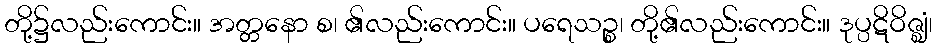
တို့၌လည်းကောင်း။ အတ္တနော စ၊ ၏လည်းကောင်း။ ပရေသဉ္စ၊ တို့၏လည်းကောင်း။ ဒုပ္ပဋိဝိဇ္ဈံ၊